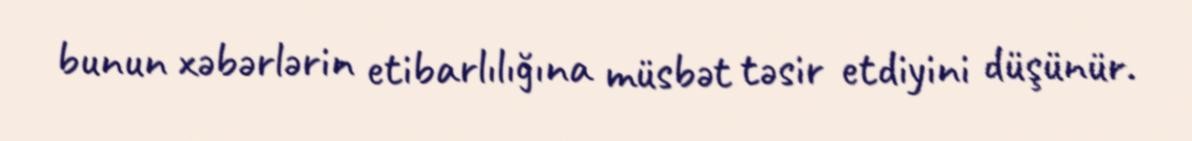
bunun xəbərlərin etibarlılığına müsbət təsir etdiyini düşünür.